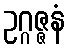
ဥဂ္ဂဇ္ဇနံ